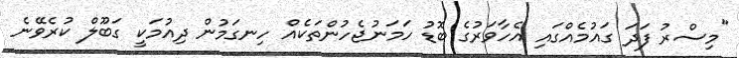
"މިސްރު ފަދަ ގައުމެއްގައި އެހާވަރުގެ ބޮޑު ހަމަނުޖެހުންތަކެއް ހިނގަމުން ދިއުމަކީ ގަބޫލް ކުރެވޭނެ